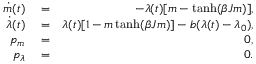
\begin{array} { r l r } { \dot { m } ( t ) } & { { } = } & { - \lambda ( t ) [ m - \operatorname { t a n h } ( \beta J m ) ] , } \\ { \dot { \lambda } ( t ) } & { { } = } & { \lambda ( t ) [ 1 - m \operatorname { t a n h } ( \beta J m ) ] - b ( \lambda ( t ) - \lambda _ { 0 } ) , } \\ { p _ { m } } & { { } = } & { 0 , } \\ { p _ { \lambda } } & { { } = } & { 0 . } \end{array}